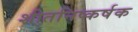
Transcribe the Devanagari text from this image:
शीतनिष्कर्षक